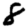
Digit: 8